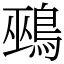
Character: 鵐